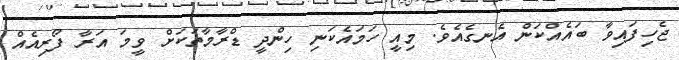
ޖެހިފައިވާ ބައެއްކަން އެނގެއެވެ. މިއީ ހަމައެކަނި ހިންދީ ޑްރާމާތަކަށް ވީމަ އަރާ ފޯރިއެއް